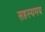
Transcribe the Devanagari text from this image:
सहस्यमय